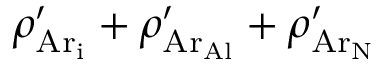
\rho _ { \mathrm { { A r } _ { i } } } ^ { \prime } + \rho _ { \mathrm { A r _ { A l } } } ^ { \prime } + \rho _ { \mathrm { A r _ { N } } } ^ { \prime }